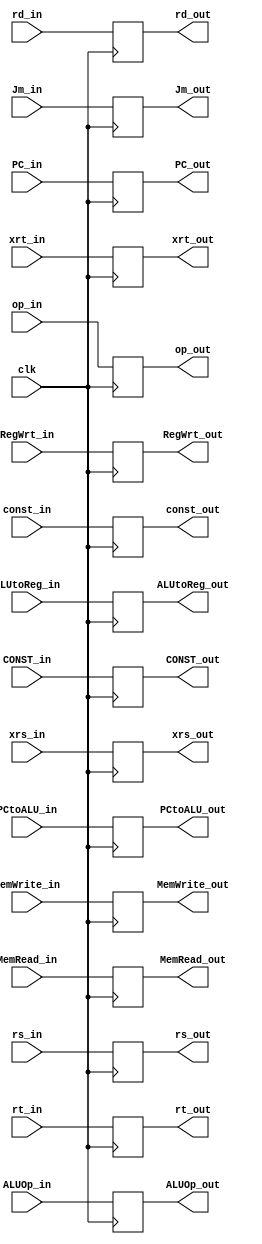
`timescale 1ns / 1ps
//////////////////////////////////////////////////////////////////////////////////
// Company: 
// Engineer: 
// 
// Design Name: 
// Module Name: idtoexmembuff
// Project Name: 
// Target Devices: 
// Tool Versions: 
// Description: ID/EXandMEM is buffer between the ID and EXandMEM stages
// 
// Dependencies: 
// 
// Revision:
// Revision 0.01 - File Created
// Additional Comments:
// 
//////////////////////////////////////////////////////////////////////////////////


module idtoexmembuff(clk, op_in, Jm_in, RegWrt_in, ALUtoReg_in, MemWrite_in, MemRead_in, CONST_in, ALUOp_in, PCtoALU_in, PC_in, xrs_in, xrt_in, const_in, rs_in, rt_in, rd_in,
      op_out,Jm_out, RegWrt_out, ALUtoReg_out, MemWrite_out, MemRead_out, CONST_out, ALUOp_out, PCtoALU_out, PC_out, xrs_out, xrt_out, const_out, rs_out, rt_out, rd_out);

input RegWrt_in, ALUtoReg_in, MemWrite_in, MemRead_in, CONST_in, PCtoALU_in, Jm_in;
input [2:0]ALUOp_in;
input [31:0] PC_in, xrs_in, xrt_in, const_in;
input [5:0] rs_in, rt_in, rd_in;
input clk;


output reg RegWrt_out, ALUtoReg_out, MemWrite_out, MemRead_out, CONST_out, PCtoALU_out, Jm_out;
output reg [2:0]ALUOp_out;
output reg [31:0] xrs_out, xrt_out, const_out, PC_out;
output reg [5:0] rs_out, rt_out, rd_out;

input [3:0] op_in;
output reg [3:0] op_out;

initial
begin
    RegWrt_out = 0;
    ALUtoReg_out = 0;
    Jm_out = 0;
    
    MemWrite_out = 0;
    MemRead_out = 0;

    ALUOp_out = 0;
    PC_out = 0;
    const_out = 0;
    
    CONST_out = 0; 
    PCtoALU_out = 0;
    
    xrs_out = 0;
    xrt_out = 0;

    rs_out = 0; 
    rt_out = 0;
    rd_out = 0;
end

always@(posedge clk)
begin
    // WB stage
    RegWrt_out = RegWrt_in;
    ALUtoReg_out = ALUtoReg_in;
    Jm_out = Jm_in;
    
    // EXandMEM stage
    MemWrite_out = MemWrite_in; 
    MemRead_out = MemRead_in;

    ALUOp_out = ALUOp_in;
    PC_out = PC_in;
    const_out = const_in; 
    
    CONST_out = CONST_in; 
    PCtoALU_out = PCtoALU_in;
    
    // reg file outputs
    xrs_out = xrs_in; 
    xrt_out = xrt_in; 

    // register addresses for forwarding unit
    rs_out = rs_in; 
    rt_out = rt_in;
    rd_out = rd_in;
    
    op_out = op_in;
end

endmodule